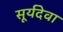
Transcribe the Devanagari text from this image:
सूर्यदेवा